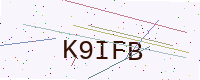
Text: K9IFB